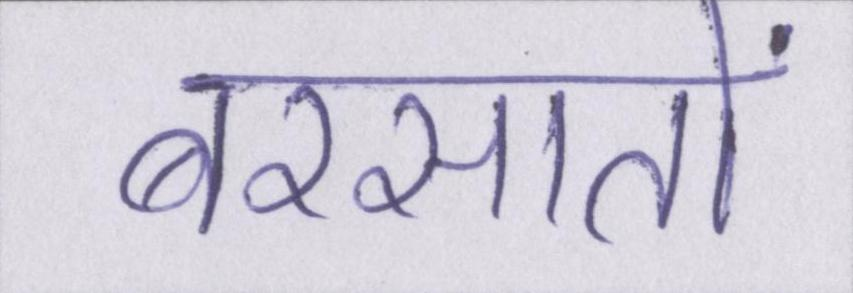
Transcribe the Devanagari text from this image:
बरसातों